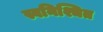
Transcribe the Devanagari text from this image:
स्वनिश्चित